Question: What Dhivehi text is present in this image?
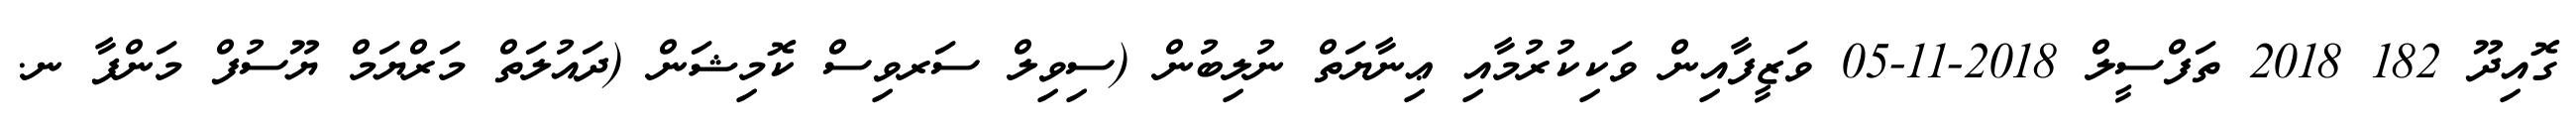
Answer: ގޮއިދޫ 182 2018 ތަފްސީލް 2018-11-05 ވަޒީފާއިން ވަކިކުރުމާއި ޢިނާޔަތް ނުލިބުން (ސިވިލް ސަރވިސް ކޮމިޝަން (ދައުލަތް މަރްޔަމް ޔޫސުފް މަންފާ ނ.